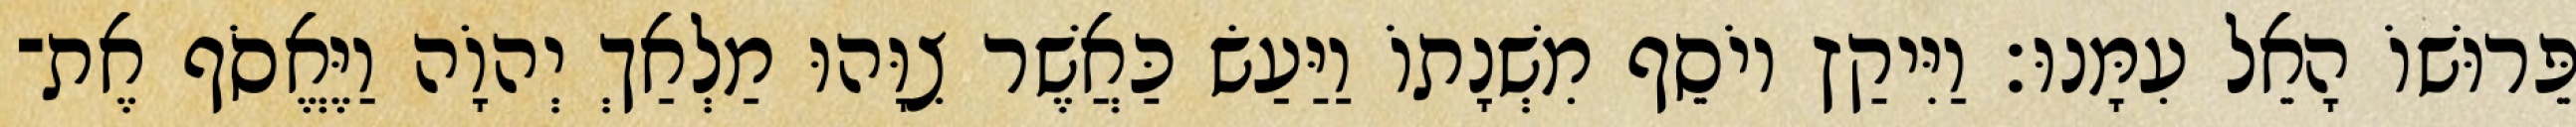
פֵּרוּשׁוֹ הָאֵל עִמָּנוּ׃ וַיִּיקַץ יוֹסֵף מִשְׁנָתוֹ וַיַּעַשׂ כַּאֲשֶׁר צִוָּהוּ מַלְאַךְ יְהוָֹה וַיֶּאֱסֹף אֶת־